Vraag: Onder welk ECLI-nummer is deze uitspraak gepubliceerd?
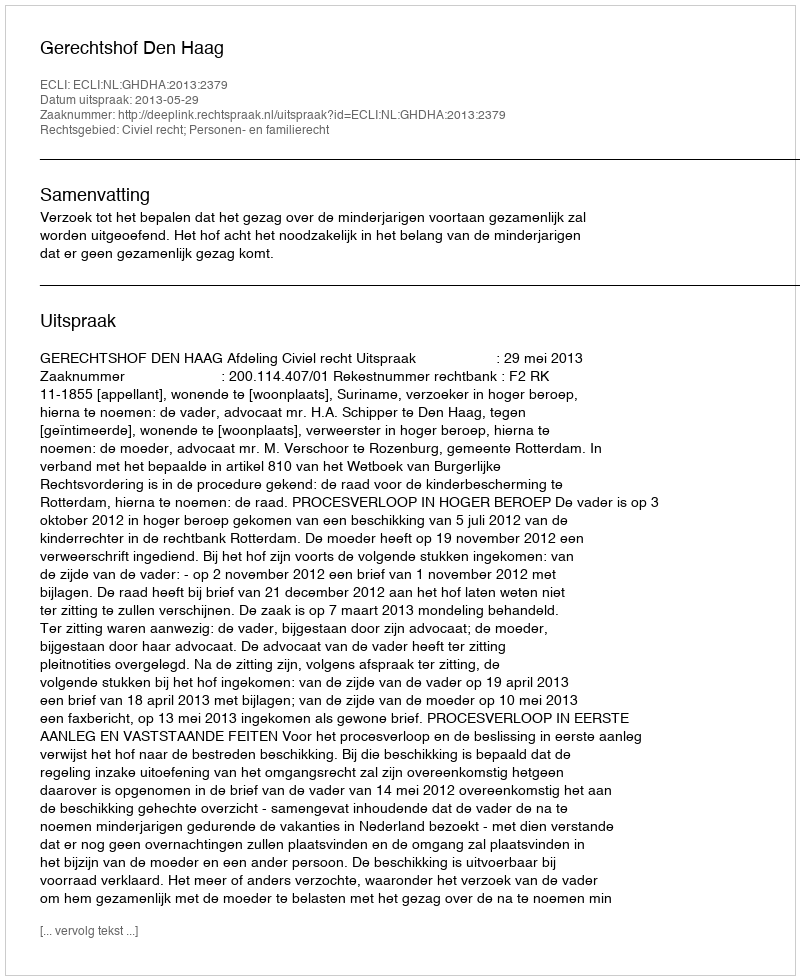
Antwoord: ECLI:NL:GHDHA:2013:2379